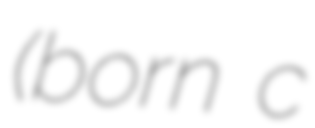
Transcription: (born c